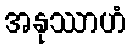
အနုဿာဟံ